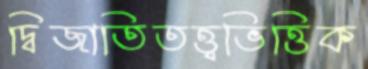
দ্বিজাতিতত্ত্বভিত্তিক